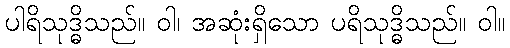
ပါရိသုဒ္ဓိသည်။ ဝါ၊ အဆုံးရှိသော ပရိသုဒ္ဓိသည်။ ဝါ။